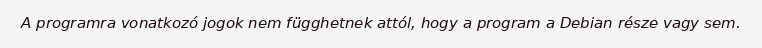
A programra vonatkozó jogok nem függhetnek attól, hogy a program a Debian része vagy sem.